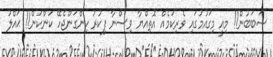
ސަބަބުން!! މިއީ މިގައުމުގައި ވެރިކަމެއް އޮތިއްޔާ ވިސްނާ ފިކުރު ހިންގަންޖެހޭ ކަންކަން!! ޙައްލު